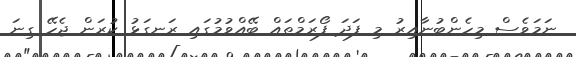
ނަމަވެސް މިހެންބުނާއިރު މި ފަދަ ފޯރަމްތައް ބޭއްވުމުގައި ރަނގަޅު ކުރަން ޖެހޭ ގިނަ